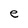
Character: e